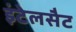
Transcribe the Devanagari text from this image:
इंटेलसैट